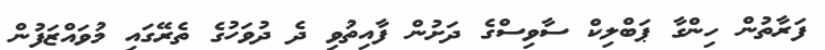
ފަރާތުން ހިންގާ ޕަބްލިކް ސާވިސްގެ ދަށުން ފާއިތުވި ދެ ދުވަހުގެ ތެރޭގައި މުވައްޒަފުން